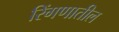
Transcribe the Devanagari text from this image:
रिंगणातील